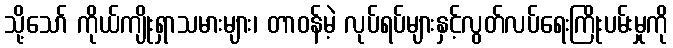
သို့သော် ကိုယ်ကျိုးရှာသမားများ၊ တာဝန်မဲ့ လုပ်ရပ်များနှင့်လွတ်လပ်ရေးကြိုးပမ်းမှုကို